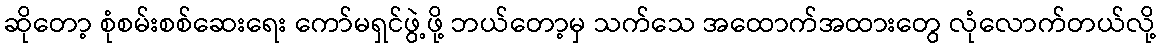
ဆိုတော့ စုံစမ်းစစ်ဆေးရေး ကော်မရှင်ဖွဲ့ဖို့ ဘယ်တော့မှ သက်သေ အထောက်အထားတွေ လုံလောက်တယ်လို့